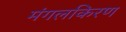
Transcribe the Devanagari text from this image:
मंगलकिरण